Indian journal of veterinary science and animal husbandry - Volumes 24-25, 1954-1955
Year: 1954
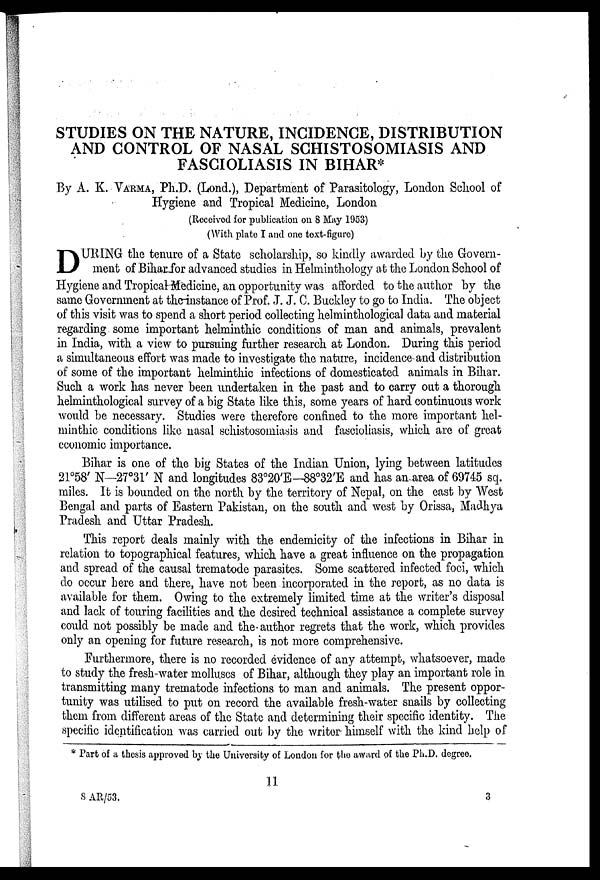
STUDIES ON THE NATURE, INCIDENCE, DISTRIBUTION
AND CONTROL OF NASAL SCHISTOSOMIASIS AND
FASCIOLIASIS IN BIHAR*
By A. K. VARMA, Ph.D. (Lond.), Department of Parasitology, London School of
Hygiene and Tropical Medicine, London
(Received for publication on 8 May 1953)
(With plate I and one text-figure)
D URING the tenure of a State scholarship, so kindly awarded by the Govern-
ment of Bihar for advanced studies in Helminthology at the London School of
Hygiene and Tropical Medicine, an opportunity was afforded to the author by the
same Government at the instance of Prof. J. J. C. Buckley to go to India. The object
of this visit was to spend a short period collecting helminthological data and material
regarding some important helminthic conditions of man and animals, prevalent
in India, with a view to pursuing further research at London. During this period
a simultaneous effort was made to investigate the nature, incidence and distribution
of some of the important helminthic infections of domesticated animals in Bihar.
Such a work has never been undertaken in the past and to carry oat a thorough
helminthological survey of a big State like this, some years of hard continuous work
would be necessary. Studies were therefore confined to the more important hel-
minthic conditions like nasal schistosomiasis and fascioliasis, which are of great
economic importance.
Bihar is one of the big States of the Indian Union, lying between latitudes
21º58' N—27º31' N and longitudes 83º20'E—88º32'E and has an area of 69745 sq.
miles. It is bounded on the north by the territory of Nepal, on the east by West
Bengal and parts of Eastern Pakistan, on the south and west by Orissa, Madhya
Pradesh and Uttar Pradesh.
This report deals mainly with the endemicity of the infections in Bihar in
relation to topographical features, which have a great influence on the propagation
and spread of the causal trematode parasites. Some scattered infected foci, which
do occur here and there, have not been incorporated in the report, as no data is
available for them. Owing to the extremely limited time at the writer's disposal
and lack of touring facilities and the desired technical assistance a complete survey
could not possibly be made and the author regrets that the work, which provides
only an opening for future research, is not more comprehensive.
Furthermore, there is no recorded evidence of any attempt, whatsoever, made
to study the fresh-water molluscs of Bihar, although they play an important role in
transmitting many trematode infections to man and animals. The present oppor-
tunity was utilised to put on record the available fresh-water snails by collecting
them from different areas of the State and determining their specific identity. The
specific identification was carried out by the writer himself with the kind help of
* Part of a thesis approved by the University of London for the award of the Ph.D. degree.
11
SAR/53.
3